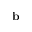
\mathbf b